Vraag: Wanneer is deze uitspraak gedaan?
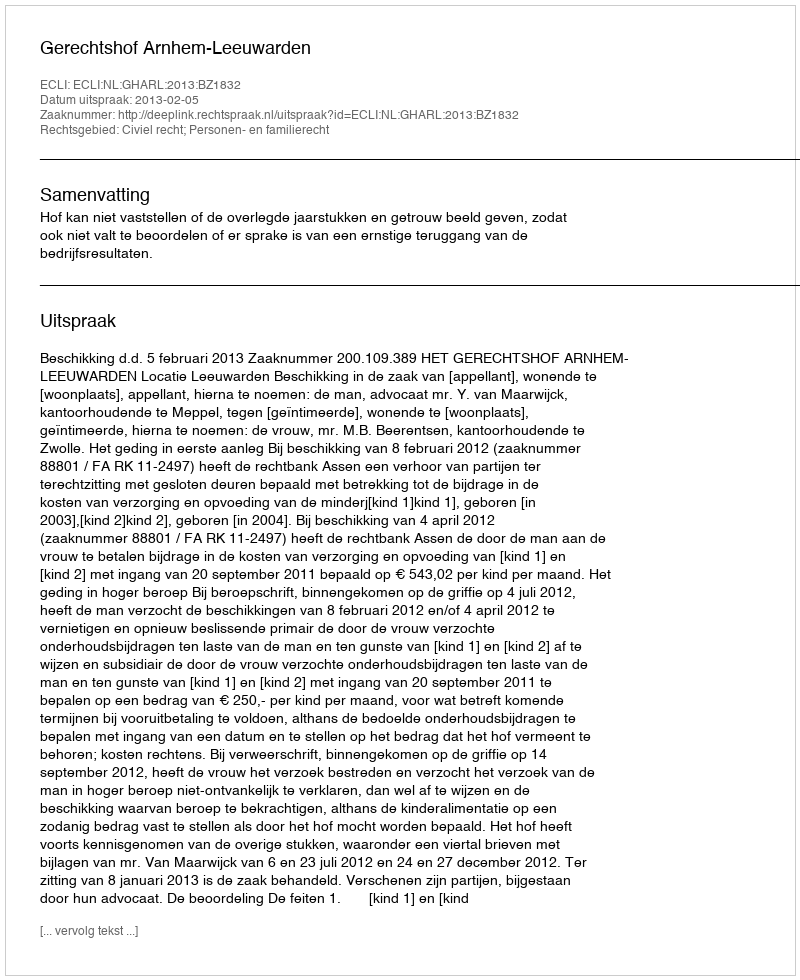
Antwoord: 2013-02-05